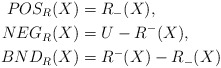
\begin{align*}POS_{R}(X) & =R_{-}(X), \\NEG_{R}(X) & =U-R^{-}(X), \\BND_{R}(X) & =R^{-}(X)-R_{-}(X)\end{align*}